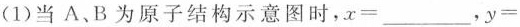
(1)当A、B为原子结构示意图时，$$x =$$___，$$y =$$